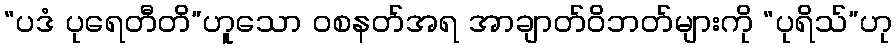
“ပဒံ ပုရေတီတိ”ဟူသော ဝစနတ်အရ အာချာတ်ဝိဘတ်များကို “ပုရိသ်”ဟု